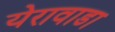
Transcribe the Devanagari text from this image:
येरावाडा